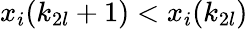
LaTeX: x_{i}(k_{2l}+1)<x_{i}(k_{2l})